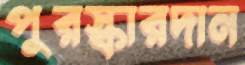
পুরস্কারদান